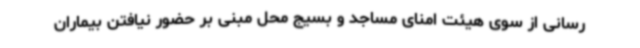
رسانی از سوی هیئت امنای مساجد و بسیج محل مبنی بر حضور نیافتن بیماران